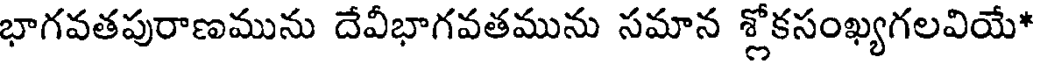
భాగవతపురాణమును దేవీభాగవతమును సమాన శ్లోకసంఖ్యగలవియే*